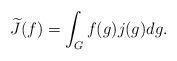
LaTeX: \begin{align*} \widetilde J (f)=\int_{G}f(g)j(g)dg. \end{align*}